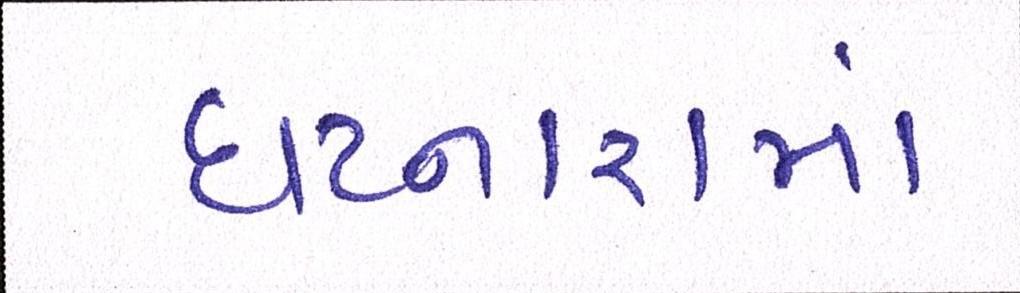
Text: ઘટનારામાં